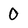
Character: 0